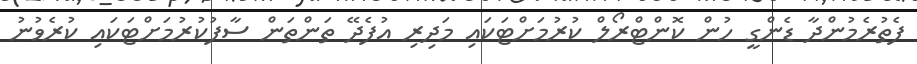
ފެތުރެމުންދާ ޑެންގީ ހުން ކޮންޓްރޯލް ކުރުމަށްޓަކައި މަދިރި އުފެދޭ ތަންތަން ސާފުކުރުމަށްޓަކައި ކުރެވުނު